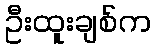
ဦးထူးချစ်က